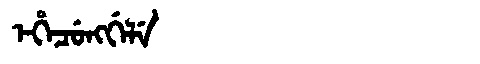
Manchu: ᡝᡥᡝᠴᡠᠩᡤᡝᠯᡝ
Romanization: EHECUNGGELE